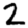
Digit: 2